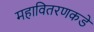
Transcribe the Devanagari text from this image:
महावितरणकडे